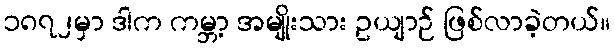
၁၈၇၂မှာ ဒါက ကမ္ဘာ့ အမျိုးသား ဥယျာဉ် ဖြစ်လာခဲ့တယ်။